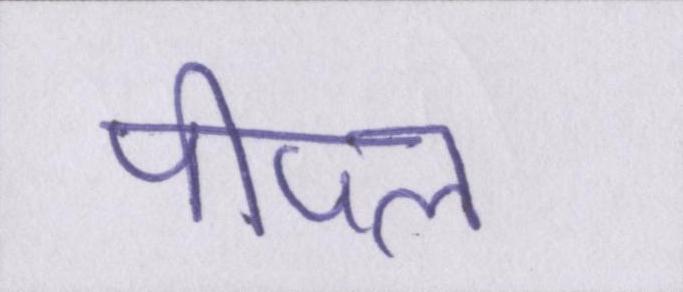
पीपल